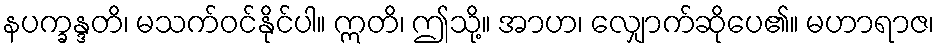
နပက္ခန္ဒတိ၊ မသက်ဝင်နိုင်ပါ။ ဣတိ၊ ဤသို့။ အာဟ၊ လျှောက်ဆိုပေ၏။ မဟာရာဇ၊